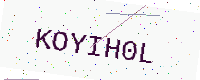
Text: KOYIH0L